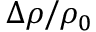
\Delta \rho / \rho _ { 0 }